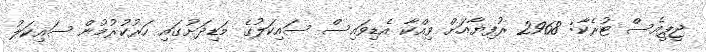
ޖީޕީއެސް ޓުރެކާ: 2968 ރުފިޔާއަށް ވިއްކާ އެޑިވައިސް ސައިކަލުގެ މަޑިދަށުގައި ހަރުކުރުމުން ސައިކަލު